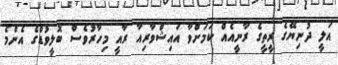
އަލީ ދުނިޔޭގެ ރީތީގެ ރާނީއެއް ކަމަށްވާ އައިޝްވާރިއާ ރާއީ މިހާރުވެސް ބޮލީވުޑްގެ އެންމެ